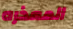
المعذره